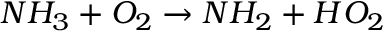
N H _ { 3 } + O _ { 2 } \rightarrow N H _ { 2 } + H O _ { 2 }